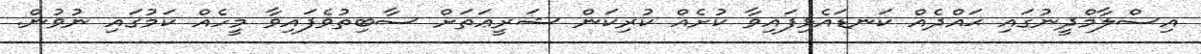
އިސްލާމްދީނުގައި ޙައްދެއް ކަނޑައެޅިފައިވާ ކުށެއް ކުރިކަން ޝަރީޢަތަށް ސާބިތުވެފައިވާ މީހެއް ކަމުގައި ނުވުން.